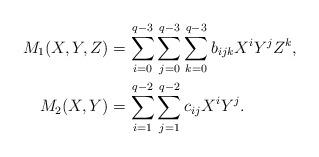
LaTeX: \begin{align*}M_1(X,Y,Z) &= \sum_{i=0}^{q-3} \sum_{j=0}^{q-3} \sum_{k=0}^{q-3}b_{ijk} X^iY^jZ^k,\\M_2(X,Y) &= \sum_{i=1}^{q-2} \sum_{j=1}^{q-2} c_{ij} X^i Y^j.\end{align*}